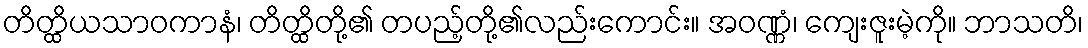
တိတ္ထိယသာဝကာနံ၊ တိတ္ထိတို့၏ တပည့်တို့၏လည်းကောင်း။ အဝဏ္ဏံ၊ ကျေးဇူးမဲ့ကို။ ဘာသတိ၊